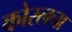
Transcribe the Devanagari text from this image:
कोरलचा